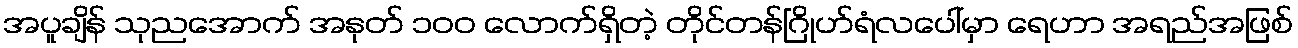
အပူချိန် သုညအောက် အနုတ် ၁၀၀ လောက်ရှိတဲ့ တိုင်တန်ဂြိုဟ်ရံလပေါ်မှာ ရေဟာ အရည်အဖြစ်